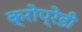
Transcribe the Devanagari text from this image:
क्रोप्रेडी